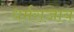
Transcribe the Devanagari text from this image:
धर्मराजाय